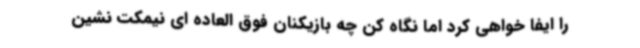
را ایفا خواهی کرد اما نگاه کن چه بازیکنان فوق العاده ای نیمکت نشین